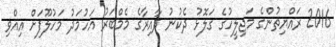
2016 ރައްޔިތުންގެ މަޖިލީހުގެ ގަލޮޅު ދެކުނު ދާއިރާގެ މެމްބަރު އަހުމަދު މަހުލޫފަށް އިއްވި